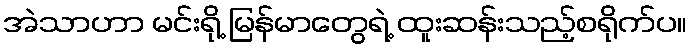
အဲသာဟာ မင်းရို့ မြန်မာတွေရဲ့ ထူးဆန်းသည့်စရိုက်ပ။